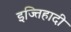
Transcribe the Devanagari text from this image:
इज्तिहादी